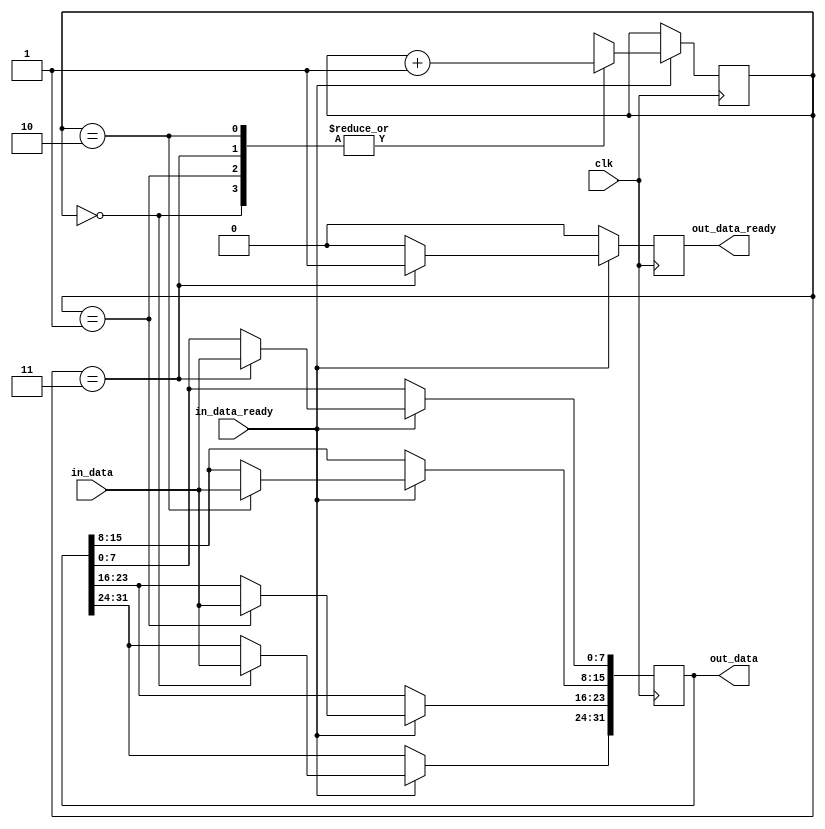
module data_reciever(
    input clk,
    input [7:0] in_data,
    input in_data_ready,
    output reg [31:0] out_data,
    output reg out_data_ready
);

    reg [1:0] byte_counter;

    initial begin
        byte_counter = 0;
		  out_data = 0;
		  out_data_ready = 0;
    end

    always @(posedge clk) begin
		  if(out_data_ready == 1'b1)
				out_data_ready <= 1'b0;
        if(in_data_ready == 1'b1) begin
            case (byte_counter)
                2'b00: begin
                    out_data[31:24] <= in_data;
                    byte_counter = byte_counter + 1'b1;
                    out_data_ready <= 1'b0;
                end 
                2'b01: begin
                    out_data[23:16] <= in_data;
                    byte_counter = byte_counter + 1'b1;
                end 
                2'b10: begin
                    out_data[15:8] <= in_data;
                    byte_counter = byte_counter + 1'b1;
                end 
                2'b11: begin
                    out_data[7:0] <= in_data;
                    byte_counter = byte_counter + 1'b1;
                    out_data_ready <= 1'b1;
                end
            endcase
        end
    end
	 
endmodule